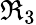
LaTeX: \Re_{3}